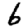
Digit: 6